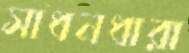
সাধনধারা